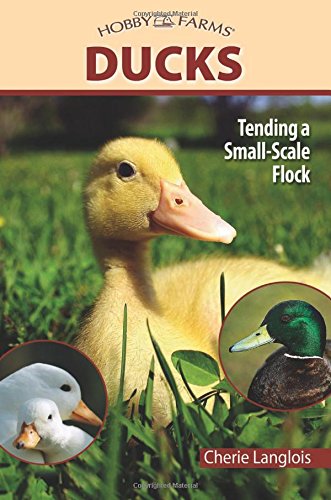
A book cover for Ducks: Tending a Small-Scale Flock for Pleasure and Profit (Hobby Farms); Cherie Langlois; Science & Math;